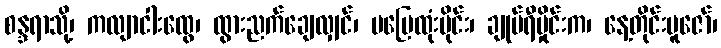
စန္ဒရာသို့၊ ကလျာငါးထွေ၊ ထွားညက်ချေလျှင်၊ မပြေထုံးပိုင်း၊ ချုပ်ရီမှိုင်းက၊ နေ့တိုင်းပူဇော်၊